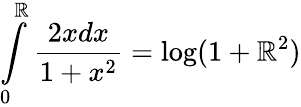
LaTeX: \int\limits_{0}^{\mathbb{R}}\frac{{2xdx}}{{1+x^{2}}}=\log(1+\mathbb{R}^{2})